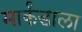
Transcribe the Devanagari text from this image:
मार्कंडाला